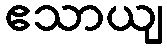
ဧသာယျ